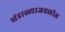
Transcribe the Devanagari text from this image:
खंडाळ्याजवळील